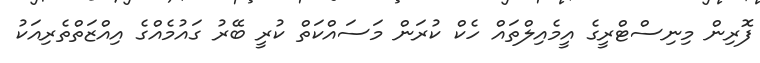
ފޮރިން މިނިސްޓްރީގެ އީމެއިލްތައް ހެކް ކުރަން މަސައްކަތް ކުރީ ބޭރު ގައުމެއްގެ އިއްޒަތްތެރިއަކު